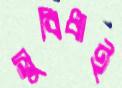
সুবিধাই